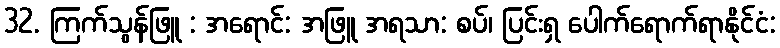
32. ကြက်သွန်ဖြူ : အရောင်: အဖြူ အရသာ: စပ်၊ ပြင်းရှ ပေါက်ရောက်ရာနိုင်ငံ: